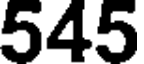
545